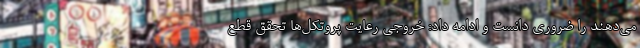
می‌دهند را ضروری دانست و ادامه داد: خروجی رعایت پروتکل‌ها تحقق قطع